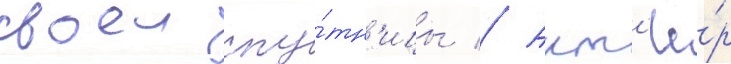
своеи спу́тн'ицы // Акт'ё́р